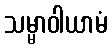
သမ္မာဝါယာမံ